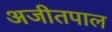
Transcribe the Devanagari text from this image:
अजीतपाल